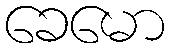
ခေမော